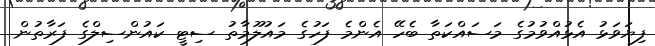
ފިޔަވަޅު އެޅުއްވުމުގެ މަސައްކަތާ ބެހޭ އެންމެ ފަހުގެ މައުލޫމާތު ސިޓީ ކައުންސިލްގެ ފަރާތުން